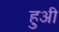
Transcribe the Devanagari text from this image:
हुअी